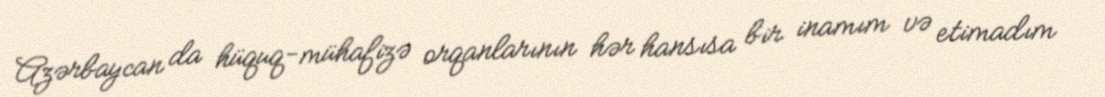
Azərbaycan da hüquq-mühafizə orqanlarının hər hansısa bir inamım və etimadım